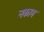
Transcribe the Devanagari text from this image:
नकाम